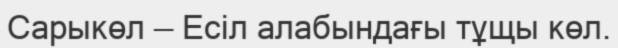
Сарыкөл — Есіл алабындағы тұщы көл.